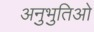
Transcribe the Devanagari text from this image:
अनुभुतिओ